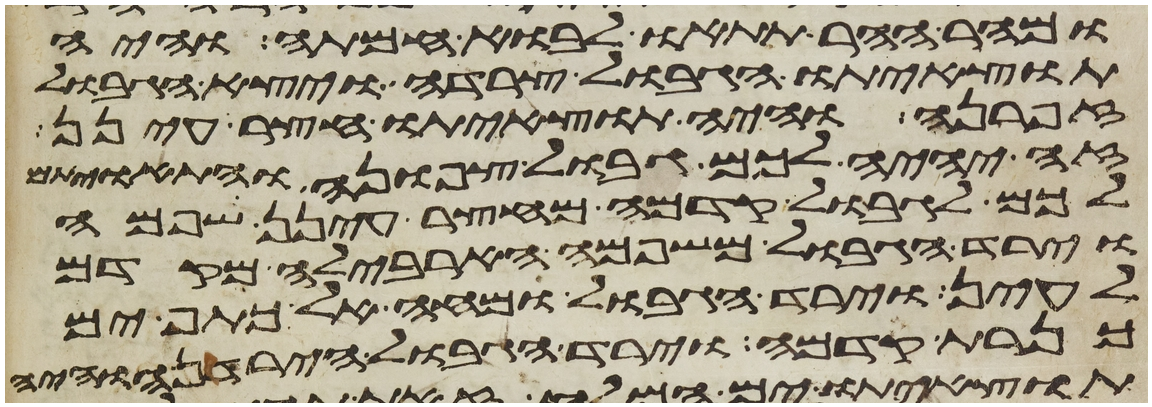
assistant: ומהר ההר תתאו לבוא חמתה והיה
תוצאיתו הגבול צרדה ויצא הגבול
זפרנה והיה תוצאיתו חצר עינן
זה יהיה לכם גבול צפונה והתאויתם
לכם לגבול קדמה מחצר עינן שפמה
וירד הגבול משפמה הארבלה מקדם
לעין וירד הגבול ומחה אל כתף ים
כנרת קדמה וירד הגבול הירדנה והיה